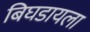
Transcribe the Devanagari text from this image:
बिघडायला